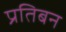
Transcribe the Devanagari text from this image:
प्रतिबन